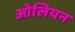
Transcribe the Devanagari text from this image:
ओलियन